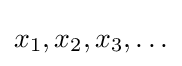
x_{1},x_{2},x_{3},\ldots